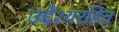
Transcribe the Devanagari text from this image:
उद्देश्यरहित